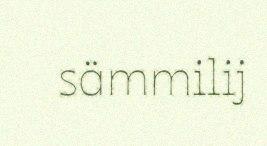
sämmilij